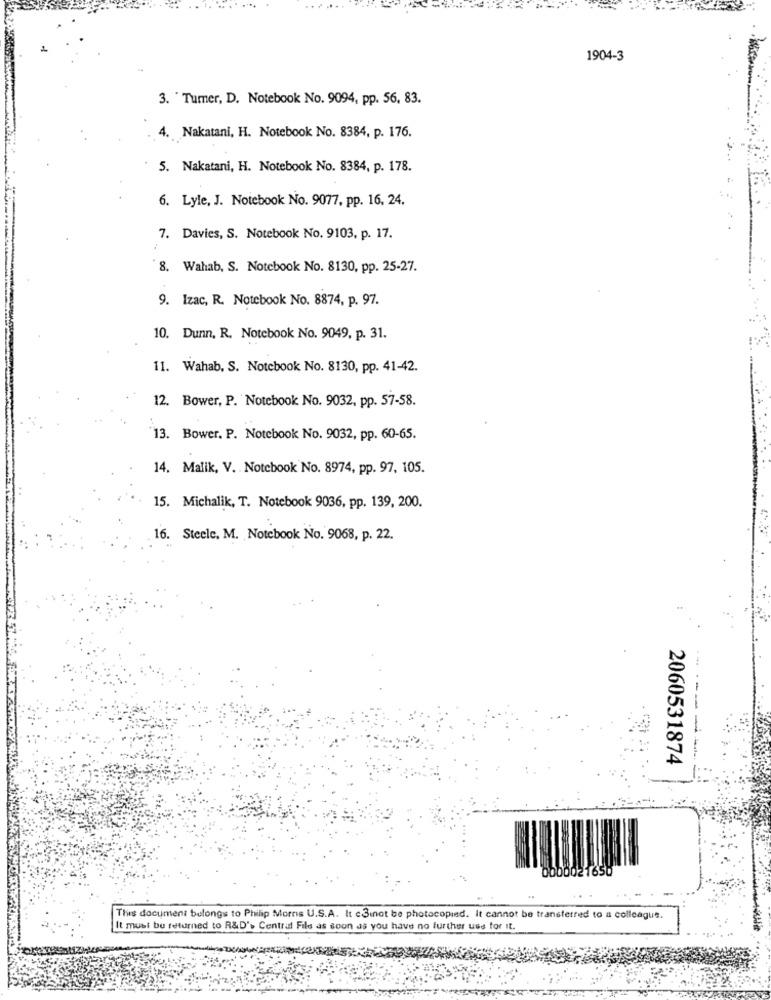
1904-3
3. " Turner, D. Notebook No. 9094, pp. 56, 83.
4.
Nakatani, H. Notebook No. 8384, p. 176.
5. Nakatani, H. Notebook No. 8384, p. 178.
6. Lyle, J. Notebook No. 9077, pp. 16. 24.
7. Davies, S. Notebook No. 9103, p. 17.
8. Wahab, S. Notebook No. 8130, pp. 25-27.
9. Izac, R. Notebook No. 8874, p. 97.
10. Dunn, R. Notebook No. 9049, p. 31.
11. Wahab, S. Notebook No. 8130, pp. 41-42.
12. Bower, P. Notebook No. 9032, pp. 57-58.
13. Bower. P. Notebook No. 9032, pp. 60-65.
14. Malik, V. Notebook No. 8974, pp. 97, 105.
15. Michalik, T. Notebook 9036, pp. 139, 200.
16. Steele, M. Notebook No. 9068, p. 22.
2060531874
-------
1650
This document belongs to Philip Morris U.S.A. It c3inot be photocopied. It cannot be transferred to a colleague.
It must be returned to R&D'> Central File as soon as you have no further use for it.